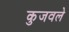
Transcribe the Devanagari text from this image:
कुजवले